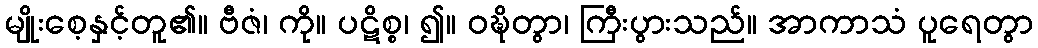
မျိုးစေ့နှင့်တူ၏။ ဗီဇံ၊ ကို။ ပဋိစ္စ၊ ၍။ ဝဍ္ဎိတွာ၊ ကြီးပွားသည်။ အာကာသံ ပူရေတွာ